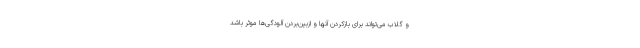
و گلاب می‌تواند برای بازکردن آنها و ازبین‌بردن آلودگی‌ها مؤثر باشد